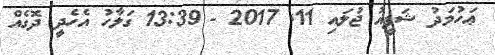
ޢަހުމަދު ޝަފީއު ޖުލައި 11